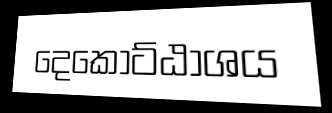
දෙකොට්ඨාශය